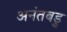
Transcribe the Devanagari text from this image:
अनंतबडु